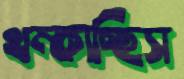
থম্‌কাচ্ছিস